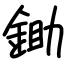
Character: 鋤